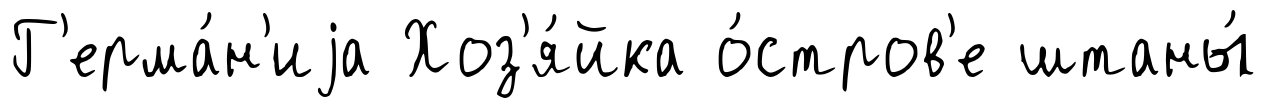
Г'ерма́н'иjа Хоз'я́йка о́стров'е штаны́